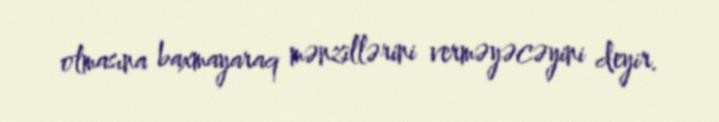
olmasına baxmayaraq mənzillərini verməyəcəyini deyir.